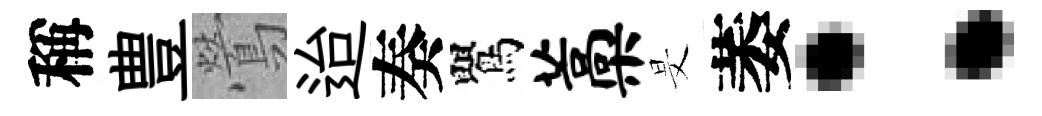
稱豊鶯迨奏鸎藁旻萎：